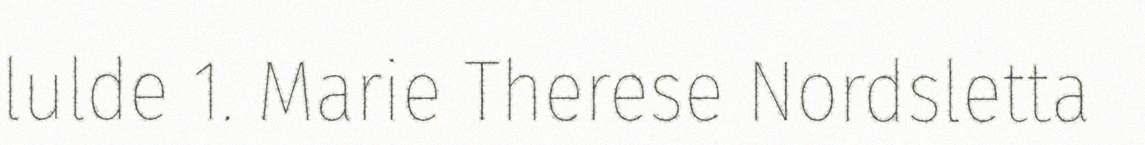
lulde 1. Marie Therese Nordsletta